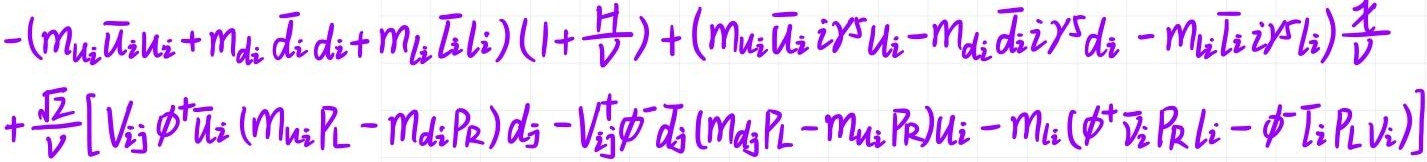
\[
\left[
    \left(
        \gamma ^\mu \gamma ^5 \gamma ^\nu \phi - \gamma ^\nu \gamma ^5 \gamma ^\mu \phi
    \right)
    \gamma ^\rho u - m
    \left(
        \gamma ^\mu \gamma ^5 u - \gamma ^\nu \gamma ^5 u
    \right)
    \gamma ^\rho \phi _ { + } ^ { [ \mu } \lambda - 5 p
    \left(
        \gamma ^\mu \gamma ^5 u - \gamma ^\nu \gamma ^5 u
    \right)
    \gamma ^\rho \phi _ { + } ^ { [ \mu } \lambda
    \right]
    \frac { \Lambda } { \Sigma ^ { \prime } } + \frac { \Lambda } { F }
    \left(
        \gamma ^\mu \not { x } \gamma ^5 \gamma ^\nu u - \gamma ^\rho _ { 5 } \not { x } \gamma ^\mu \gamma ^\nu u - m _ { 5 } \not { x } \gamma ^\mu \gamma ^\nu u
    \right) +
    \left(
        \frac { \Lambda } { H } + 1
    \right)
    \left(
        \gamma ^\mu \gamma ^\nu u + \gamma ^\rho \gamma ^\mu \gamma ^\nu u + m ^ { 2 } \gamma ^\mu \gamma ^\nu u
    \right) -
\]